Sketch of the medical history of the native army of Bombay, for the year
Year: 1872
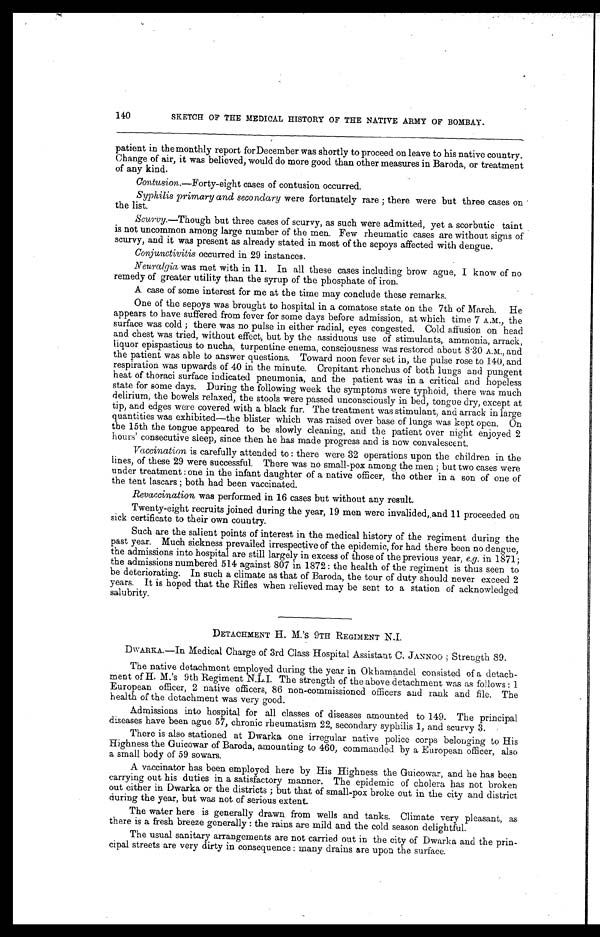
140
SKETCH OF THE MEDICAL HISTORY OF THE NATIVE ARMY OF BOMBAY.
patient in the monthly report for December was shortly to proceed on leave to his native country.
Change of air, it was believed, would do more good than other measures in Baroda, or treatment
of any kind.
Contusion.—Forty-eight cases of contusion occurred.
Syphilis primary and secondary were fortunately rare ; there were but three cases on
the list.
Scurvy —Though but three cases of scurvy, as such were admitted, yet a scorbutic taint
is not uncommon among large number of the men. Few rheumatic cases are without signs of
scurvy, and it was present as already stated in most of the sepoys affected with dengue.
Conjunctivitis occurred in 29 instances.
Neuralgia was met with in 11. In all these cases including brow ague, I know of no
remedy of greater utility than the syrup of the phosphate of iron.
A case of some interest for me at the time may conclude these remarks.
One of the sepoys was brought to hospital in a comatose state on the 7th of March. He
appears to have suffered from fever for some days before admission, at which time 7 A.M., the
surface was cold ; there was no pulse in either radial, eyes congested. Cold affusion on head
and chest was tried, without effect, but by the assiduous use of stimulants, ammonia, arrack,
liquor epispasticus to nucha, turpentine enema, consciousness was restored about 8.30 A.M., and
the patient was able to answer questions. Toward noon fever set in, the pulse rose to 140, and
respiration was upwards of 40 in the minute. Crepitant rhonchus of both lungs and pungent
heat of thoraci surface indicated pneumonia, and the patient was in a critical and hopeless
state for some days. D u r i n g t h e f o l l o w i n g w e e k t h e s y m p t o m s w e r e t y p h o i d , t h e r e w a s m u c h
delirium, the bowels relaxed, the stools were passed unconsciously in bed, tongue dry, except at
tip, and edges were covered with a black fur. The treatment was stimulant, and arrack in large
quantities was exhibited—the blister which was raised over base of lungs was kept open. On
the 15th the tongue appeared to be slowly cleaning, and the patient over night enjoyed 2
hours' consecutive sleep, since then he has made progress and is now convalescent.
Vaccination is carefully attended to : there were 32 operations upon the children in the
lines, of these 29 were successful. There was no small-pox among the men ; but two cases were
under treatment : one in the infant daughter of a native officer, the other in a son of one of
the tent lascars ; both had been vaccinated.
Revaccination was performed in 16 cases but without any result.
Twenty-eight recruits joined during the year, 19 men were invalided, and 11 proceeded on
sick certificate to their own country.
Such are the salient points of interest in the medical history of the regiment during the
past year. Much sickness prevailed irrespective of the epidemic, for had there been no dengue,
the admissions into hospital are still largely in excess of those of the previous year, e.g. in 1871;
the admissions numbered 514 against 807 in 1872: the health of the regiment is thus seen to
be deteriorating. In such a climate as that of Baroda, the tour of duty should never exceed 2
years. It is hoped that the Rifles when relieved may be sent to a station of acknowledged
salubrity.
DETACHMENT H. M.'s 9TH REGIMENT N.I.
DWARKA.—In Medical Charge of 3rd Class Hospital Assistant C. JANNOO ; Strength 89.
The native detachment employed during the year in Okhamandel consisted of a detach-
ment of H. M.'s 9th Regiment N.L.I. The strength of the above detachment was as follows : 1
European officer, 2 native officers, 86 non-commissioned officers and rank and file. The
health of the detachment was very good.
Admissions into hospital for all classes of diseases amounted to 149. The principal
diseases have been ague 57, chronic rheumatism 22, secondary syphilis 1, and scurvy 3.
There is also stationed at Dwarka one irregular native police corps belonging to His
Highness the Guicowar of Baroda, amounting to 460, commanded by a European officer, also
a small body of 59 sowars.
A vaccinator has been employed here by His Highness the Guicowar, and he has been
carrying out his duties in a satisfactory manner. The epidemic of cholera has not broken
out either in Dwarka or the districts ; but that of small-pox broke out in the city and district
during the year, but was not of serious extent.
The water here is generally drawn from wells and tanks. Climate very pleasant, as
there is a fresh breeze generally : the rains are mild and the cold season delightful.
The usual sanitary arrangements are not carried out in the city of Dwarka and the prin-
cipal streets are very dirty in consequence : many drains are upon the surface.